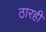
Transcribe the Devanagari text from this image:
ठारही